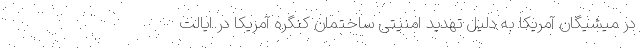
در میشیگان آمریکا به دلیل تهدید امنیتی ساختمان کنگره آمریکا در ایالت